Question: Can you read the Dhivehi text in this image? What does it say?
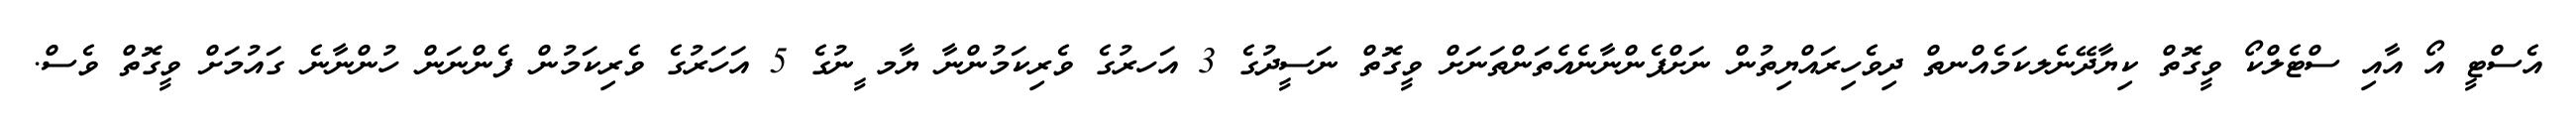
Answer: އެސްޓީ އޯ އާއި ސްޓެލްކޯ ވީގޮތް ކިޔާދޭނެލކަމެއްނތް ދިވެހިރައްޔިތުން ނަށްފެންނާނެއެތަންތަނަށް ވީގޮތް ނަސީދުގެ 3 އަހރުގެ ވެރިކަމުންނާ ޔާމ ީނުގެ 5 އަހަރުގެ ވެރިކަމުން ފެންނަން ހުންނާނެ ގައުމަށް ވީގޮތް ވެސް.